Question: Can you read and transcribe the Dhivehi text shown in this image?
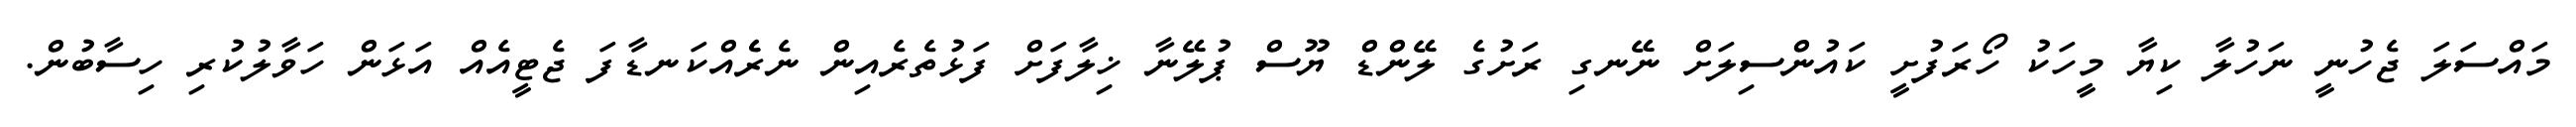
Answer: މައްސަލަ ޖެހުނީ ނަހުލާ ކިޔާ މީހަކު ހޯރަފުށީ ކައުންސިލަށް ނޭނގި ރަށުގެ ލޭންޑް ޔޫސް ޕުލޭނާ ޚިލާފަށް ފަޅުތެރެއިން ނެރެެއްކަނޑާފަ ޖެޓީއެއް އަޅަން ހަވާލުކުރި ހިސާބުން.